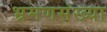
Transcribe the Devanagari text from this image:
भ्रमणसंख्या